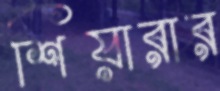
শিয়ারার